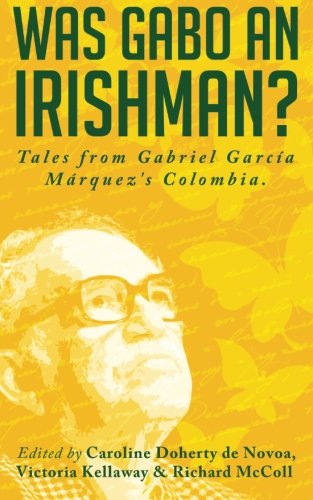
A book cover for Was Gabo an Irishman?: Tales from Gabriel GarcÃ­a MÃ¡rquez's Colombia; Caroline Doherty de Novoa; Travel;